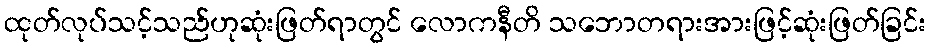
ထုတ်လုပ်သင့်သည်ဟုဆုံးဖြတ်ရာတွင် လောကနီတိ သဘောတရားအားဖြင့်ဆုံးဖြတ်ခြင်း